Trukikaitis_Postimees, lk 80
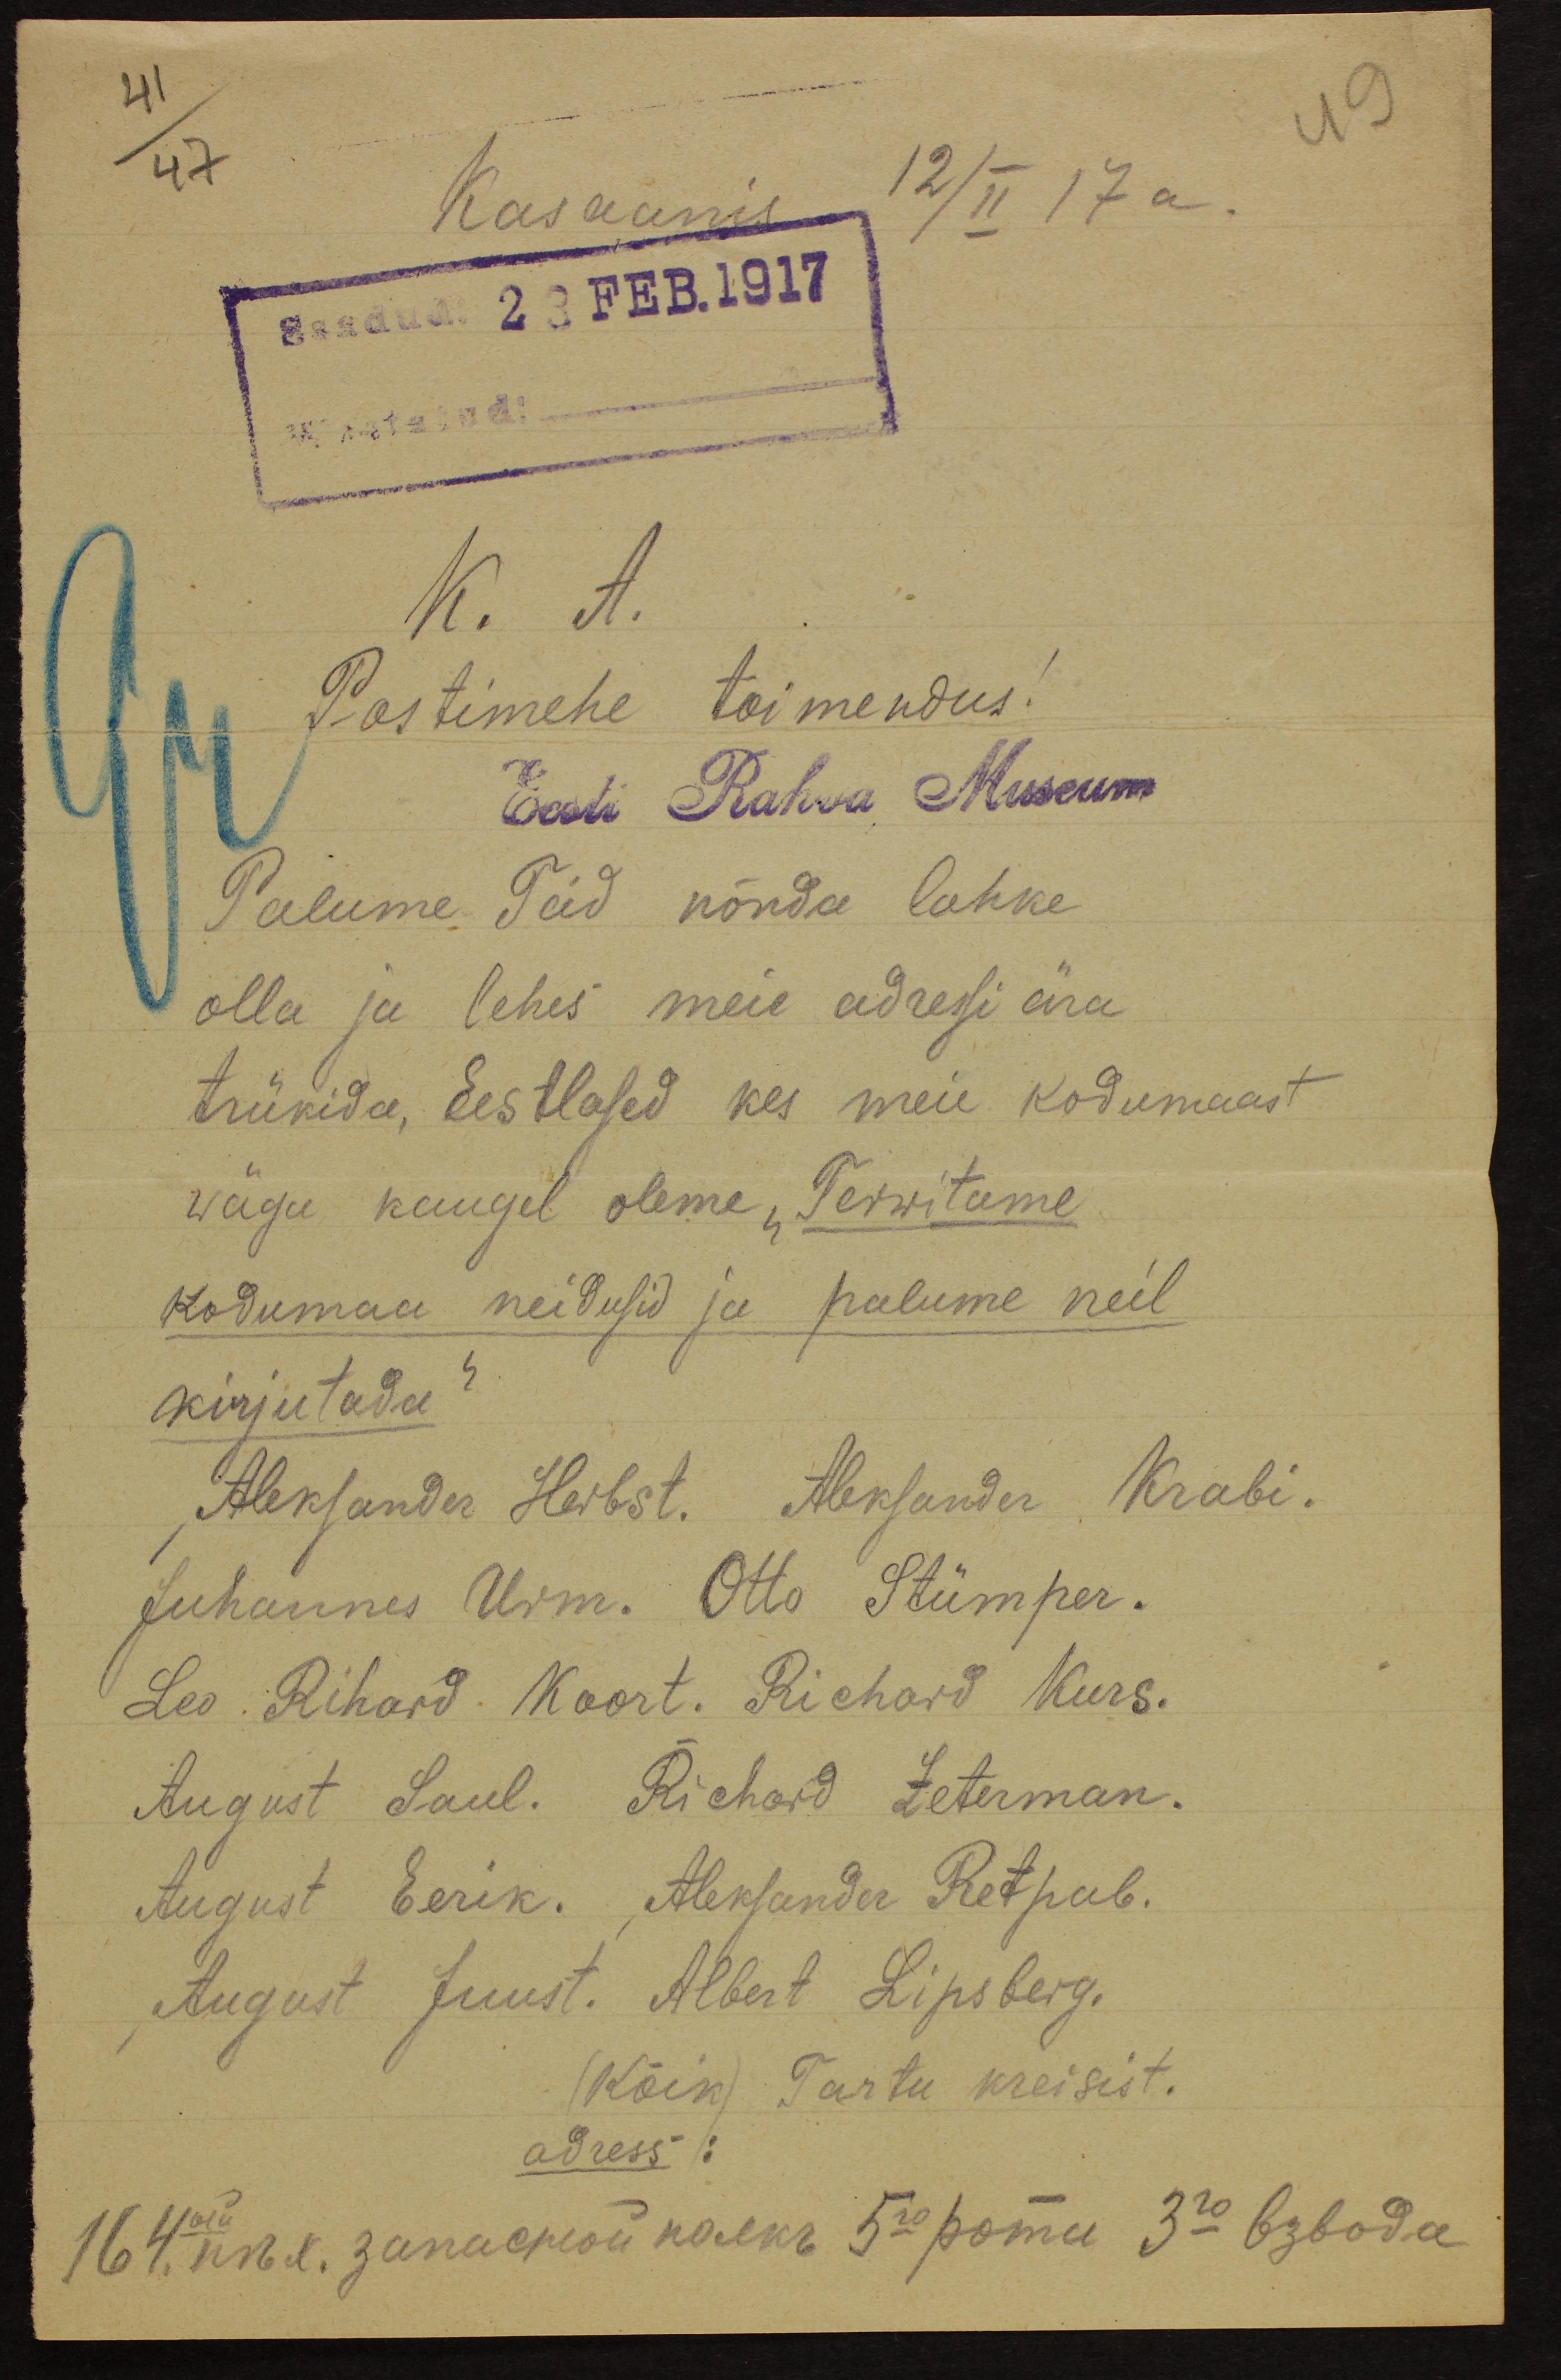
Kasaanis 12/II 17a.
Saadud 23 Feb. 1917
vastanud.
K. A.
Postimehe toimendus!
Eesti Rahva Museum
Palume Teid nõnda lahke
olla ja lehes meie adressi ära
trükida, Eestlased kes meie kodumaast
wägu kaugel oleme "Terwitame
kodumaa neidusid ja palume neil
kirjutada"
Aleksander Heibst. Aleksander Krabi.
Juhannes Urm. Otto Stümper.
Leo Richard Koort. Richard Kurs.
August Laul. Richard Leterman.
August Eerik. Aleksander Retpub.
August Juust. Albert Lipsberg.
(Kõik) Tartu kreisist.
adress: